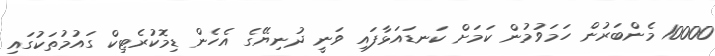
10000 މެންބަރުން ހަމަވުމުން ކަމަށް ކަނޑައަޅާފައި ވަނީ ދުނިޔޭގެ އެހެން ޑިމޮކުރެޓިކް ގައުމުތަކުގައި